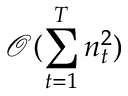
\mathcal { O } ( \sum _ { t = 1 } ^ { T } n _ { t } ^ { 2 } )